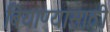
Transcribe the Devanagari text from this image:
बियाण्यासाठी